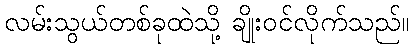
လမ်းသွယ်တစ်ခုထဲသို့ ချိုးဝင်လိုက်သည်။